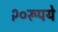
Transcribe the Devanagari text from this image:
२०रूपये